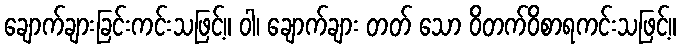
ချောက်ချားခြင်းကင်းသဖြင့်။ ဝါ၊ ချောက်ချား တတ် သော ဝိတက်ဝိစာရကင်းသဖြင့်။